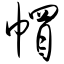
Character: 帽